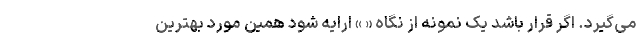
می‌گیرد. اگر قرار باشد یک نمونه از نگاه « » ارایه شود همین مورد بهترین